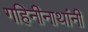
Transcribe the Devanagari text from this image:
गहिनीनाथांनी